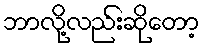
ဘာလို့လည်းဆိုတော့